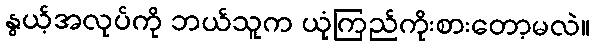
နွယ့်အလုပ်ကို ဘယ်သူက ယုံကြည်ကိုးစားတော့မလဲ။